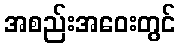
အစည်းအဝေးတွင်